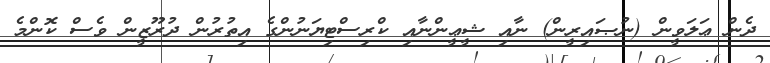
ދެން ޢަލަވީން (ނުޞައިރީން) ނާއި ޝީޢީންނާއި ކްރިސްޓިޔަނުުންގެ އިތުރުން ދުރޫޒީން ވެސް ކޮންމެ